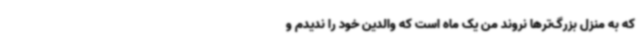
که به منزل بزرگ‌ترها نروند من یک ماه است که والدین خود را ندیدم و